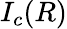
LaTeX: I_{c}(R)